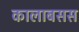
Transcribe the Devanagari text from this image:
कालाबसस